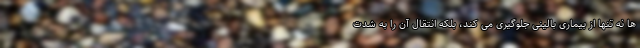
ها نه تنها از بیماری بالینی جلوگیری می کند، بلکه انتقال آن را به شدت